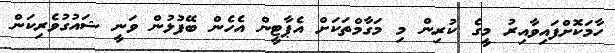
ހާމަކޮށްފައިވާއިރު މީގެ ކުރިން މި މަގާމްތަކަށް އެޕާޓީން އެހެން ބޭފުޅުން ވަނީ ޝައުގުވެރިކަން